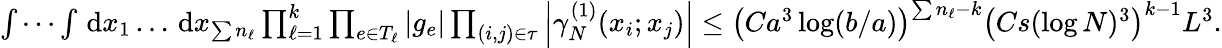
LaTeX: \begin{array}{r}{\idotsint\, \textnormal{d}x_{1}\ldots\, \textnormal{d}x_{\sum n_{\ell}}\prod_{\ell=1}^{k}\prod_{e\in T_{\ell}}|g_{e}|\prod_{(i,j)\in\tau}\left\vert\gamma_{N}^{(1)}(x_{i};x_{j})\right\vert\leq\left(Ca^{3}\log(b/a)\right)^{\sum n_{\ell}-k}\left(Cs(\log N)^{3}\right)^{k-1}L^{3}.}\end{array}